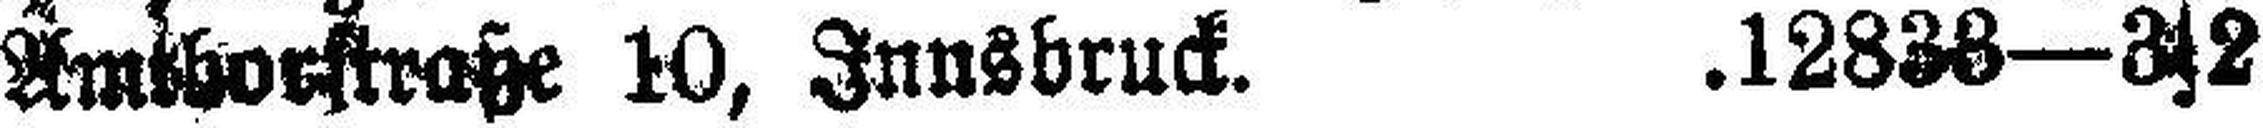
Amtvorstraße 10, Innsbruck. .12838—3s2